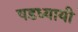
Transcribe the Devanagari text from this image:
षडध्यायी